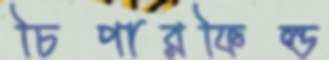
চিপারফিল্ড